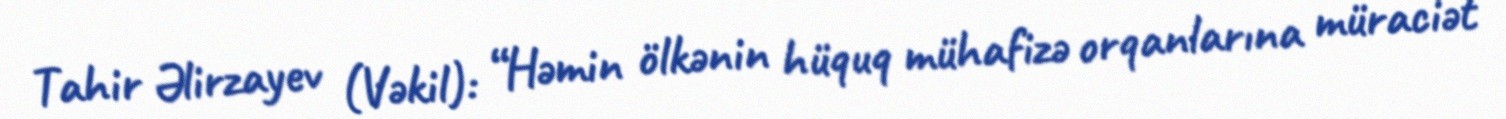
Tahir Əlirzayev (Vəkil): “Həmin ölkənin hüquq mühafizə orqanlarına müraciət